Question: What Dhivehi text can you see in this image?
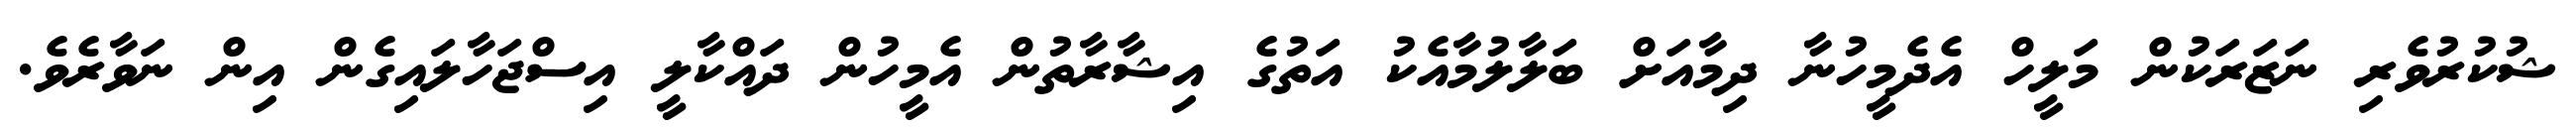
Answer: ޝުކުރުވެރި ނަޒަރަކުން މަލީހް އެދެމީހުނާ ދިމާއަށް ބަލާލުމާއެކު އަތުގެ އިޝާރާތުން އެމީހުން ދައްކާލީ އިސްޖަހާލައިގެން އިން ނަވާރެވެ.